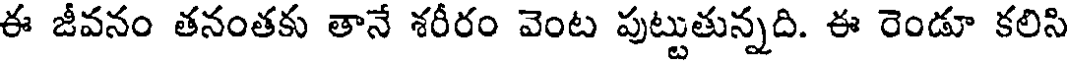
ఈ జీవనం తనంతకు తానే శరీరం వెంట పుట్టుతున్నది. ఈ రెండూ కలిసి